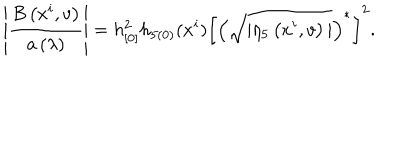
LaTeX: \left| \frac { B \left( x ^ { i } , v \right) } { a \left( \lambda \right) } \right| = h _ { [ 0 ] } ^ { 2 } h _ { 5 ( 0 ) } ( x ^ { i } ) \left[ \left( \sqrt { | \eta _ { 5 } \left( x ^ { i } , v \right) | } \right) ^ { \ast } \right] ^ { 2 } .